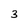
Character: 3